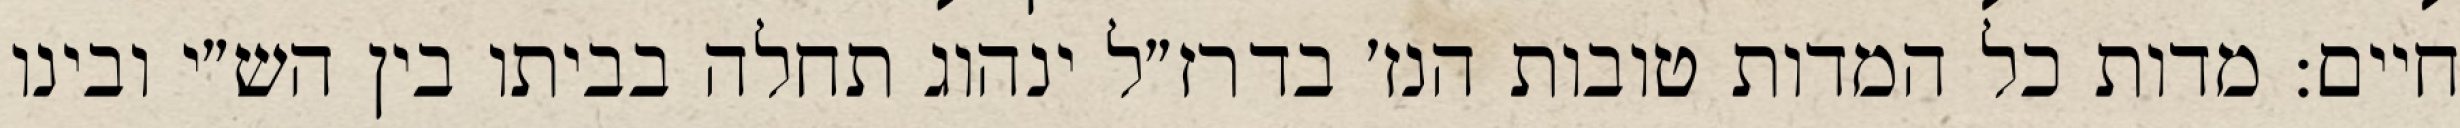
חיים: מדות כל המדות טובות הנז׳ בדרז״ל ינהוג תחלה בביתו בין הש״י ובינו